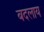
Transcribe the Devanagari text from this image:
बदलाय